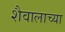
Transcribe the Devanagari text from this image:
शैवालाच्या